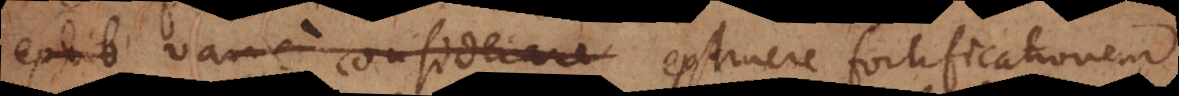
exhib varie considerare exstruere fortificationem